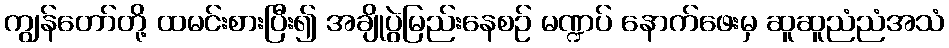
ကျွန်တော်တို့ ထမင်းစားပြီး၍ အချိုပွဲမြည်းနေစဉ် မဏ္ဍပ် နောက်ဖေးမှ ဆူဆူညံညံအသံ